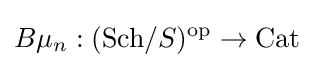
B\mu _{n}:(\mathrm {Sch} /S)^{\text{op}}\to {\text{Cat}}